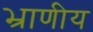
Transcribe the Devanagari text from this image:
भ्राणीय